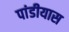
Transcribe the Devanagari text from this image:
पांडीयास